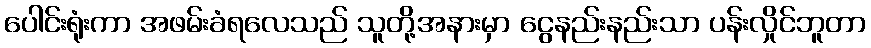
ပေါင်းရုံးကာ အဖမ်းခံရလေသည် သူတို့အနားမှာ ငွေနည်းနည်းသာ ပန်းလှိုင်ဘူတာ